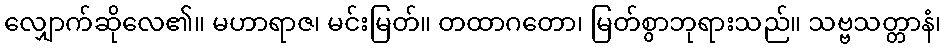
လျှောက်ဆိုလေ၏။ မဟာရာဇ၊ မင်းမြတ်။ တထာဂတော၊ မြတ်စွာဘုရားသည်။ သဗ္ဗသတ္တာနံ၊